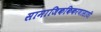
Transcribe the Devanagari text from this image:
सामाजिककिकरणासाठी